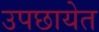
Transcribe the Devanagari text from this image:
उपछायेत